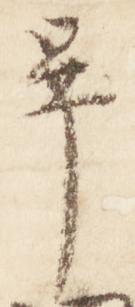
畢